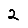
Digit: 2